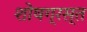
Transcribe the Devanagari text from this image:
शोषग्रस्‍त